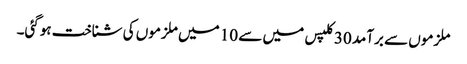
ملزموں سے برآمد 30 کلپس میں سے 10 میں ملزموں کی شناخت ہوگئی۔